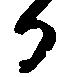
か